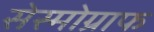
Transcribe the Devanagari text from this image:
सेस्मोग्राफ